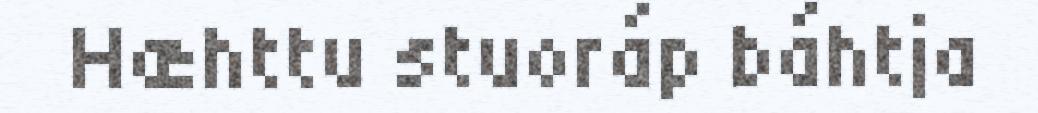
Hæhttu stuoráp báhtja